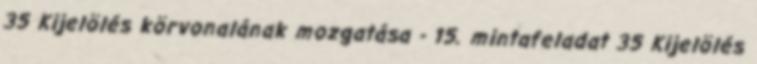
35 Kijelölés körvonalának mozgatása - 15. mintafeladat 35 Kijelölés